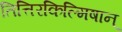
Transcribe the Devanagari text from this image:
तित्तिरकिल्मिषान्